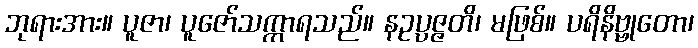
ဘုရားအား။ ပူဇာ၊ ပူဇော်သက္ကာရသည်။ နဥပ္ပဇ္ဇတိ၊ မဖြစ်။ ပရိနိဗ္ဗုတော၊